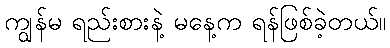
ကျွန်မ ရည်းစားနဲ့ မနေ့က ရန်ဖြစ်ခဲ့တယ်။